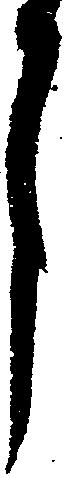
月